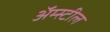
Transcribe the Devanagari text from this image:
अॅम्स्टील